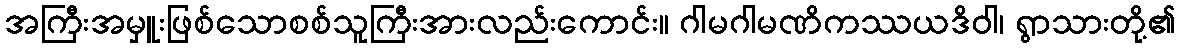
အကြီးအမှူးဖြစ်သောစစ်သူကြီးအားလည်းကောင်း။ ဂါမဂါမဏိကဿယဒိဝါ၊ ရွာသားတို့၏